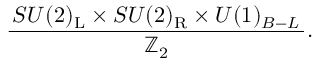
{ \frac { \, S U ( 2 ) _ { \mathrm { { L } } } \times S U ( 2 ) _ { \mathrm { { R } } } \times U ( 1 ) _ { B - L } \, } { \mathbb { Z } _ { 2 } } } .